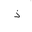
Letter: _thal